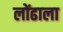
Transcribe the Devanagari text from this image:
लोंढाला